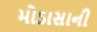
મોડાસાની